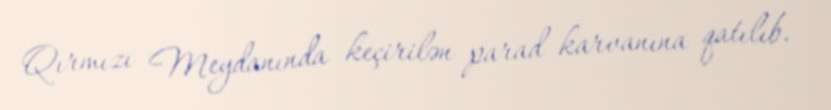
Qırmızı Meydanında keçirilən parad karvanına qatılıb.